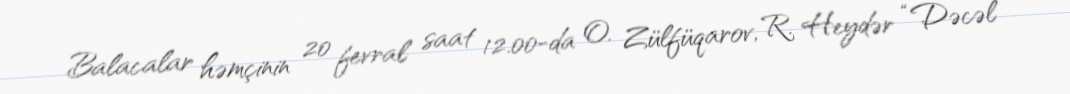
Balacalar həmçinin 20 fevral saat 12.00-da O. Zülfüqarov, R. Heydər “Dəcəl